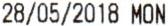
28/05/2018 MON